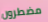
مضطرون